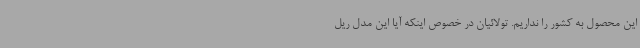
این محصول به کشور را نداریم. تولائیان در خصوص اینکه آیا این مدل ریل